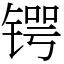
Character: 锷